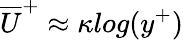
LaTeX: \overline{{U}}^{+}\approx\kappa log(y^{+})